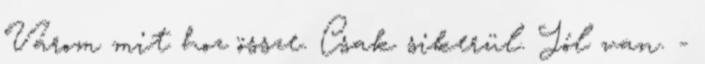
Várom mit hoz össze. Csak sikerül. Jól van. -